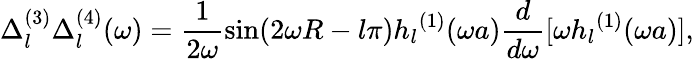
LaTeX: \Delta_{l}^{(3)}\Delta_{l}^{(4)}(\omega)=\frac{1}{2\omega}\sin(2\omega R-l\pi){h_{l}}^{(1)}(\omega a){\frac{d}{d\omega}}[\omega{h_{l}}^{(1)}(\omega a)],